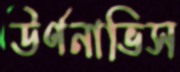
উর্ণনাভিস